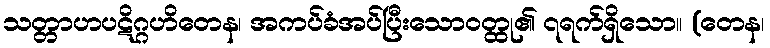
သတ္တာဟပဋိဂ္ဂဟိတေန၊ အကပ်ခံအပ်ပြီးသောဝတ္ထု၏ ၇ရက်ရှိသော။ (တေန၊